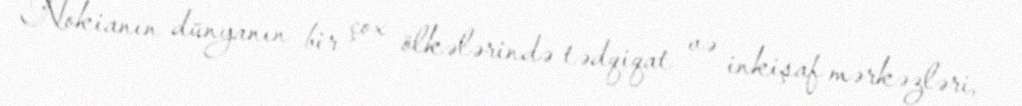
Nokianın dünyanın bir çox ölkələrində tədqiqat və inkişaf mərkəzləri,